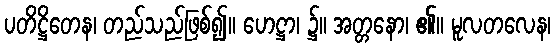
ပတိဋ္ဌိတေန၊ တည်သည်ဖြစ်၍။ ဟေဋ္ဌာ၊ ၌။ အတ္တနော၊ ၏။ မူလတလေန၊